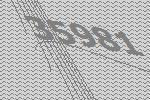
35981